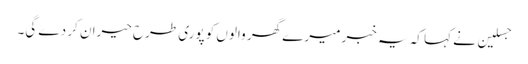
جسلین نے کہا کہ یہ خبر میرے گھر والوں کو پوری طرح حیران کر دے گی۔